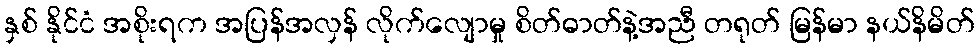
နှစ် နိုင်ငံ အစိုးရက အပြန်အလှန် လိုက်လျောမှု စိတ်ဓာတ်နဲ့အညီ တရုတ် မြန်မာ နယ်နိမိတ်